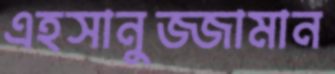
এহসানুজ্জামান